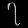
Digit: ၇